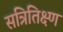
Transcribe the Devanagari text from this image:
सत्रितिक्ष्ण